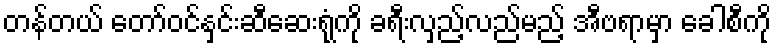
တန်တယ် တော်ဝင်နှင်းဆီဆေးရုံကို ခရီးလှည့်လည်မည့် အီဗရာမှာ ခေါစီကို